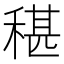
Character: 𮵤